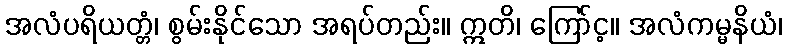
အလံပရိယတ္တံ၊ စွမ်းနိုင်သော အရပ်တည်း။ ဣတိ၊ ကြော်င့။ အလံကမ္မနိယံ၊